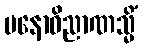
မနောဝိညာဏသ္မိံ